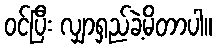
ဝင်ပြီး လျှာရှည်ခဲ့မိတာပါ။